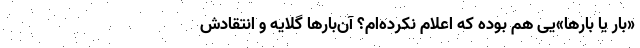
«بار یا بارها»یی هم بوده که اعلام نکرده‌ام؟ آن‌بارها گلایه و انتقادش